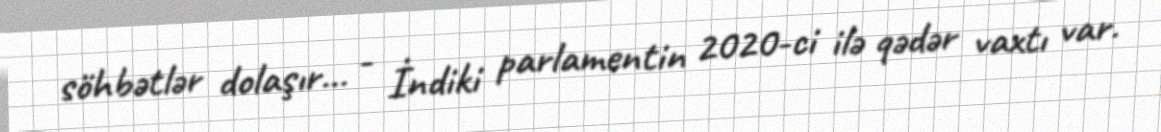
söhbətlər dolaşır... - İndiki parlamentin 2020-ci ilə qədər vaxtı var.